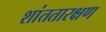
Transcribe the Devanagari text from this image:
शांततारक्षण